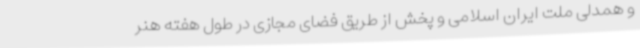
و همدلی ملت ایران اسلامی و پخش از طریق فضای مجازی در طول هفته هنر